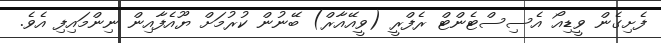
ފެށިގެން ވީޑިއޯ އެސިސްޓެންޓް ރެފްރީ (ވީއޭއާރް) ބޭނުން ކުރުމަށް ޔޫއެފާއިން ނިންމައިފި އެވެ.